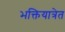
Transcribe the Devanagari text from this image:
भक्तियात्रेत